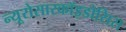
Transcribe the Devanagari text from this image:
न्यूरोसारकॉइडोसिस